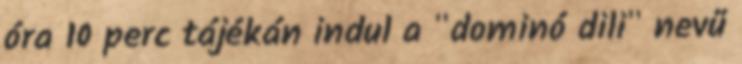
óra 10 perc tájékán indul a "dominó dili" nevű